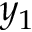
y _ { 1 }